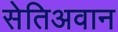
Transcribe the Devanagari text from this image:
सेतिअवान